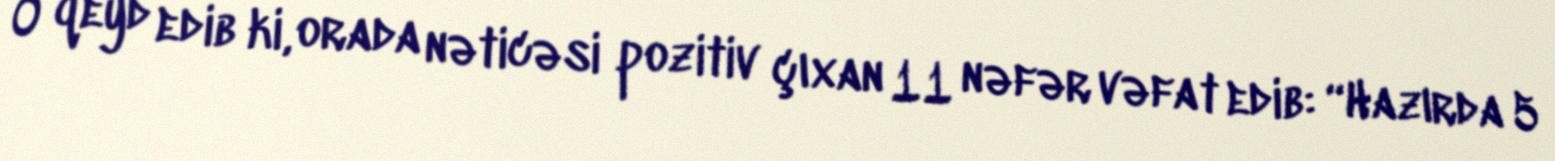
O qeyd edib ki, orada nəticəsi pozitiv çıxan 11 nəfər vəfat edib: “Hazırda 5